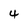
Character: 4